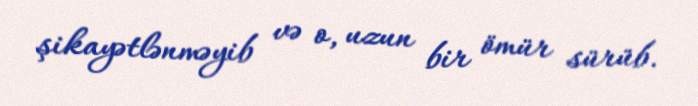
şikayətlənməyib və o, uzun bir ömür sürüb.